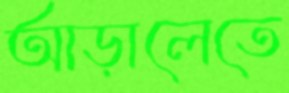
আড়ালেতে